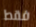
فقط